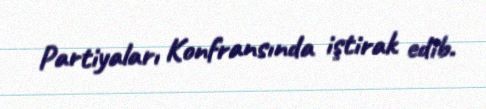
Partiyaları Konfransında iştirak edib.